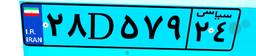
۲۸D۵۷۹۲۴